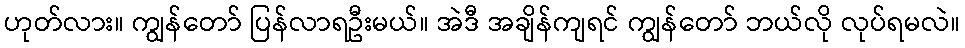
ဟုတ်လား။ ကျွန်တော် ပြန်လာရဦးမယ်။ အဲဒီ အချိန်ကျရင် ကျွန်တော် ဘယ်လို လုပ်ရမလဲ။